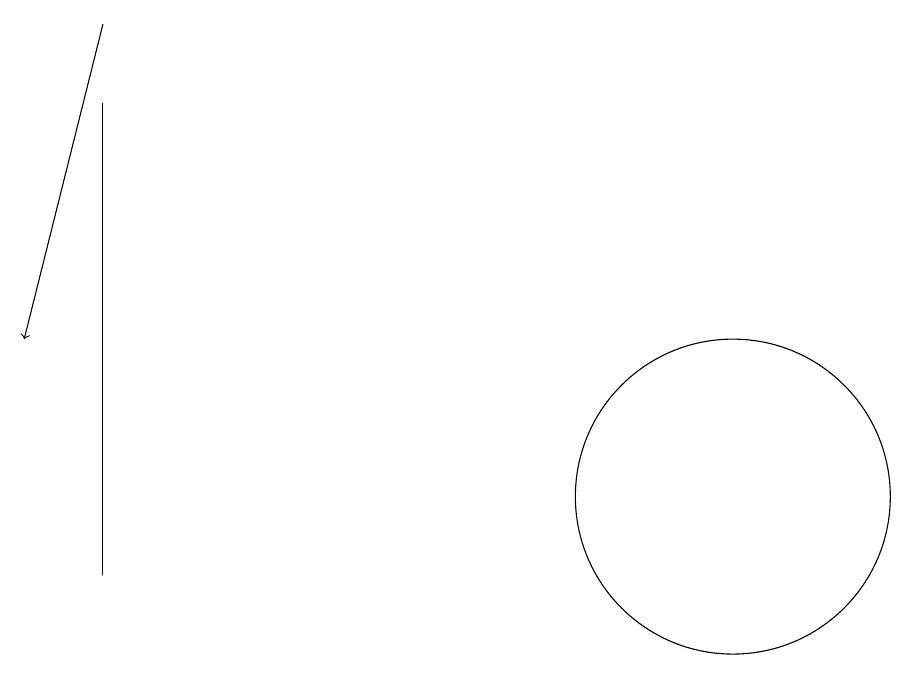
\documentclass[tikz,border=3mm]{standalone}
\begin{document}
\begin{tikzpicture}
\draw (3,10) rectangle (3,16);
\draw (11,11) circle (2);
\draw[->] (3,17) -- (2,13);
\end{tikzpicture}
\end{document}